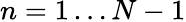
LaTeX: n=1\ldots N-1